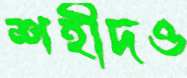
শহীদও